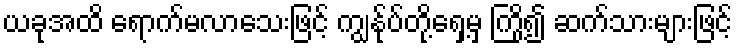
ယခုအထိ ရောက်မလာသေးဖြင့် ကျွန်ုပ်တို့ရှေ့မှ ကြို၍ ဆက်သားများဖြင့်